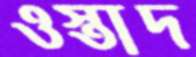
ওস্তাদ